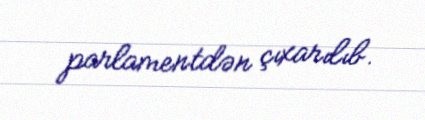
parlamentdən çıxarılıb.